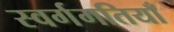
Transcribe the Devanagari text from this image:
स्वर्गगतियाँ